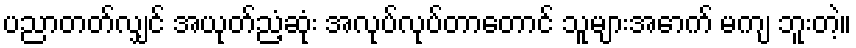
ပညာတတ်လျှင် အယုတ်ညံ့ဆုံး အလုပ်လုပ်တာတောင် သူများအောက် မကျ ဘူးတဲ့။